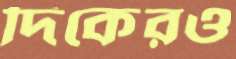
দিকেরও